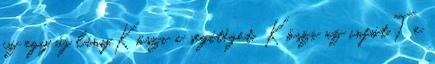
ez egy új lány.Köszi a segítéget. Köszi az infót.Te